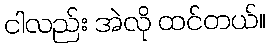
ငါလည်း အဲလို ထင်တယ်။